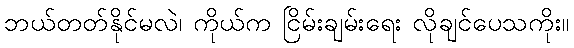
ဘယ်တတ်နိုင်မလဲ၊ ကိုယ်က ငြိမ်းချမ်းရေး လိုချင်ပေသကိုး။